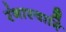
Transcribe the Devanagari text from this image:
रंगास्वामि